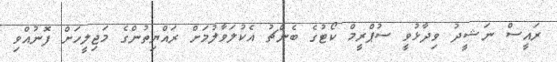
ރައީސް ނަޝީދު ވިދާޅުވީ ސުޕްރީމް ކޯޓުގެ ބެންޗު އެކުލަވާލުމަށް ރައްޔިތުންގެ މަޖިލީހަށް ފޮނުއްވި